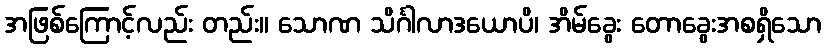
အဖြစ်ကြောင့်လည်း တည်း။ သောဏ သိင်္ဂါလာဒယောပိ၊ အိမ်ခွေး တောခွေးအစရှိသော